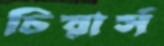
চিয়ার্স